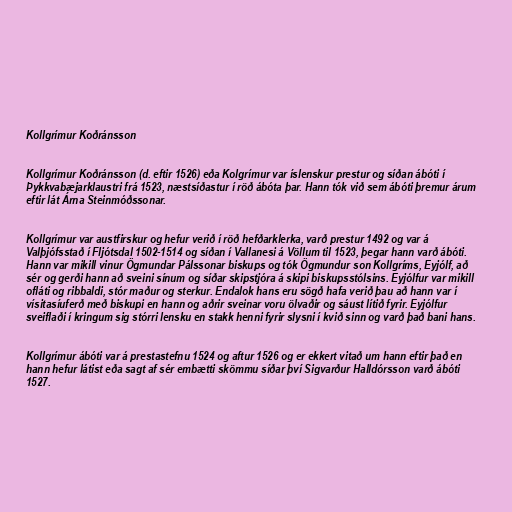
Kollgrímur Koðránsson

Kollgrímur Koðránsson (d. eftir 1526) eða Kolgrímur var íslenskur prestur og síðan ábóti í
Þykkvabæjarklaustri frá 1523, næstsíðastur í röð ábóta þar. Hann tók við sem ábóti þremur árum
eftir lát Árna Steinmóðssonar.

Kollgrímur var austfirskur og hefur verið í röð hefðarklerka, varð prestur 1492 og var á
Valþjófsstað í Fljótsdal 1502-1514 og síðan í Vallanesi á Völlum til 1523, þegar hann varð ábóti.
Hann var mikill vinur Ögmundar Pálssonar biskups og tók Ögmundur son Kollgríms, Eyjólf, að
sér og gerði hann að sveini sínum og síðar skipstjóra á skipi biskupsstólsins. Eyjólfur var mikill
ofláti og ribbaldi, stór maður og sterkur. Endalok hans eru sögð hafa verið þau að hann var í
vísitasíuferð með biskupi en hann og aðrir sveinar voru ölvaðir og sáust lítið fyrir. Eyjólfur
sveiflaði í kringum sig stórri lensku en stakk henni fyrir slysni í kvið sinn og varð það bani hans.

Kollgrímur ábóti var á prestastefnu 1524 og aftur 1526 og er ekkert vitað um hann eftir það en
hann hefur látist eða sagt af sér embætti skömmu síðar því Sigvarður Halldórsson varð ábóti
1527.